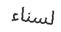
لسناء